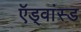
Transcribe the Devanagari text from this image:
ऍड्वांस्ड